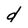
Character: d